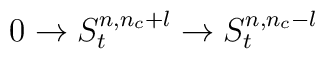
0 \rightarrow S^{n,n_c+l}_t \rightarrow S^{n,n_c-l}_t